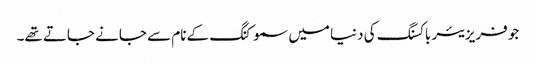
جو فریزیئر باکسنگ کی دنیا میں سموکنگ کے نام سے جانے جاتے تھے۔